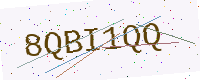
Text: 8QBI1QQ